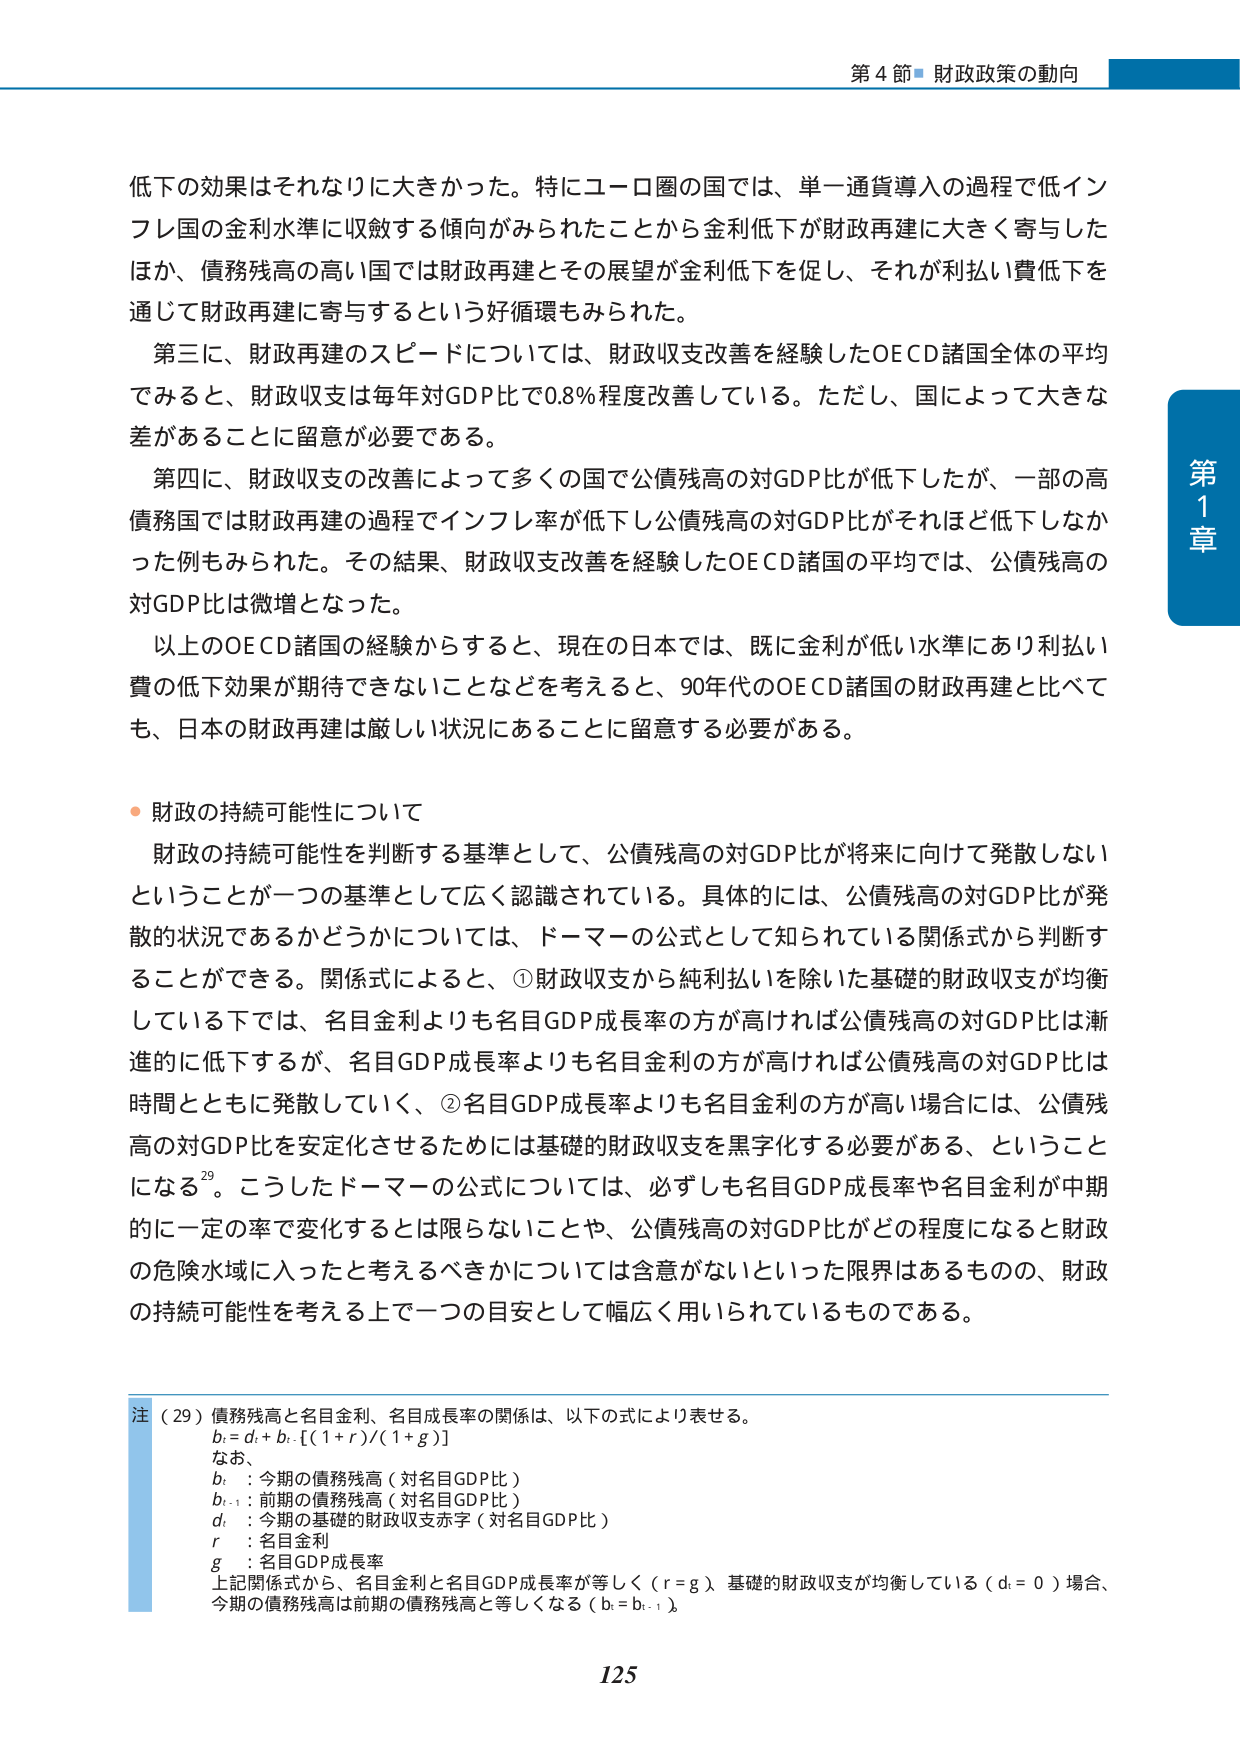
第4節 財政政策の動向

低下の効果はそれなりに大きかった。特にユーロ圏の国では、単一通貨導入の過程で低インフレ国の金利水準に収斂する傾向がみられたことから金利低下が財政再建に大きく寄与したほか、債務残高の高い国では財政再建とその展望が金利低下を促し、それが利払い費低下を通じて財政再建に寄与するという好循環もみられた。

第三に、財政再建のスピードについては、財政収支改善を経験したOECD諸国全体の平均でみると、財政収支は毎年対GDP比で0.8％程度改善している。ただし、国によって大きな差があることに留意が必要である。

第四に、財政収支の改善によって多くの国で公債残高の対GDP比が低下したが、一部の高債務国では財政再建の過程でインフレ率が低下し公債残高の対GDP比がそれほど低下しなかった例もみられた。その結果、財政収支改善を経験したOECD諸国の平均では、公債残高の対GDP比は微増となった。

以上のOECD諸国の経験からすると、現在の日本では、既に金利が低い水準にあり利払い費の低下効果が期待できないことなどを考えると、90年代のOECD諸国の財政再建と比べても、日本の財政再建は厳しい状況にあることに留意する必要がある。

・財政の持続可能性について

財政の持続可能性を判断する基準として、公債残高の対GDP比が将来に向けて発散しないということが一つの基準として広く認識されている。具体的には、公債残高の対GDP比が発散的状況であるかどうかについては、ドーマーの公式として知られている関係式から判断することができる。関係式によると、①財政収支から純利払いを除いた基礎的財政収支が均衡している下では、名目金利よりも名目GDP成長率の方が高ければ公債残高の対GDP比は漸進的に低下するが、名目GDP成長率よりも名目金利の方が高ければ公債残高の対GDP比は時間とともに発散していく、②名目GDP成長率よりも名目金利の方が高い場合には、公債残高の対GDP比を安定化させるためには基礎的財政収支を黒字化する必要がある、ということになる29。こうしたドーマーの公式については、必ずしも名目GDP成長率や名目金利が中期的に一定の率で変化するとは限らないことや、公債残高の対GDP比がどの程度になると財政の危険水域に入ったと考えるべきかについては含意がないといった限界はあるものの、財政の持続可能性を考える上で一つの目安として幅広く用いられているものである。

注（29）債務残高と名目金利、名目成長率の関係は、以下の式により表せる。
b_t = d_t + b_{t-1}[(1+r)/(1+g)]
なお、
b_t ：今期の債務残高（対名目GDP比）
b_{t-1} ：前期の債務残高（対名目GDP比）
d_t ：今期の基礎的財政収支赤字（対名目GDP比）
r ：名目金利
g ：名目GDP成長率
上記関係式から、名目金利と名目GDP成長率が等しく（r = g）、基礎的財政収支が均衡している（d_t = 0）場合、今期の債務残高は前期の債務残高と等しくなる（b_t = b_{t-1}）。

第1章

125